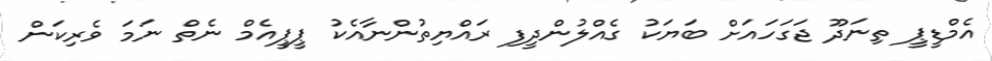
އެމްޑީޕީ ތިނަދޫ ޖަގަހައަށް ބަޔަކު ގެއްލުންދީފި ރައްޔިތުންނާއެކު ޕީޕީއެމް ނެތް ނަމަ ވެރިކަން